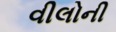
વીલોની